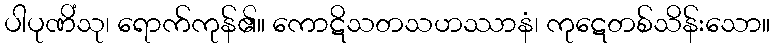
ပါပုဏိံသု၊ ရောက်ကုန်၏။ ကောဋိသတသဟဿာနံ၊ ကုဋေတစ်သိန်းသော။